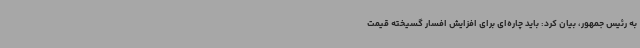
به رئیس جمهور، بیان کرد: باید چاره‌ای برای افزایش افسار گسیخته قیمت